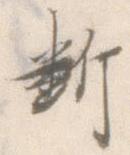
断